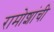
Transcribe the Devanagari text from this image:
रामोशांची